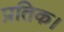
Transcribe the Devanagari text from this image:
प्रतिक।